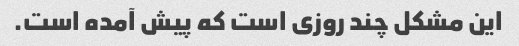
این مشکل چند روزی است که پیش آمده است.